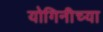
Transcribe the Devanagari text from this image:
योगिनीच्या